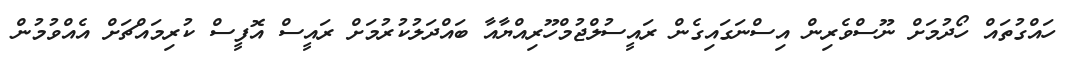
ހައްގުތައް ހޯދުމަށް ނޫސްވެރިން އިސްނަގައިގެން ރައީސުލްޖުމްހޫރިއްޔާއާ ބައްދަލުކުރުމަށް ރައީސް އޮފީސް ކުރިމައްޗަށް އެއްވުމުން